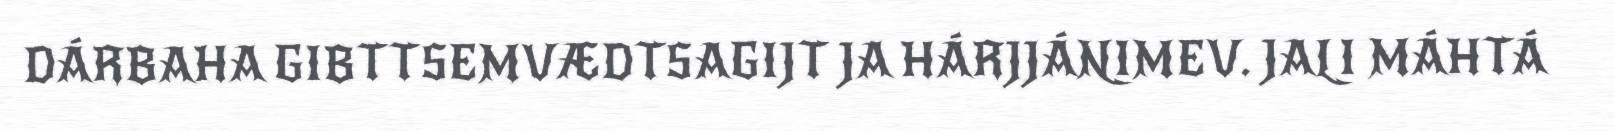
DÁRBAHA GIBTTSEMVÆDTSAGIJT JA HÁRJJÁNIMEV. JALI MÁHTÁ